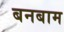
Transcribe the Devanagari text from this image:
बनबाम